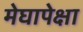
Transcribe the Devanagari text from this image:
मेघापेक्षा